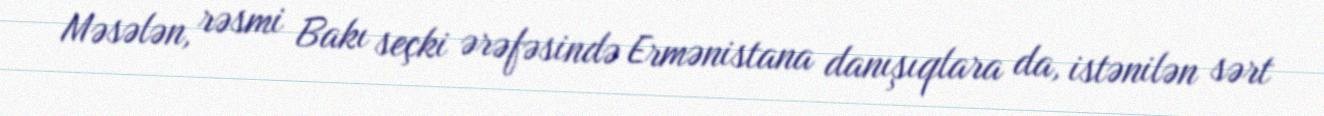
Məsələn, rəsmi Bakı seçki ərəfəsində Ermənistana danışıqlara da, istənilən sərt